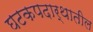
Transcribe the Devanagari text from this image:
घटकपदार्थातील